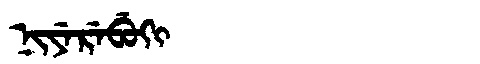
Manchu: ᠨᡳᠶᡝᡵᡝᠪᡠᡴᡳ
Romanization: NIYEREBUKI